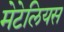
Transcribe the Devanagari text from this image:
मेटेलियस